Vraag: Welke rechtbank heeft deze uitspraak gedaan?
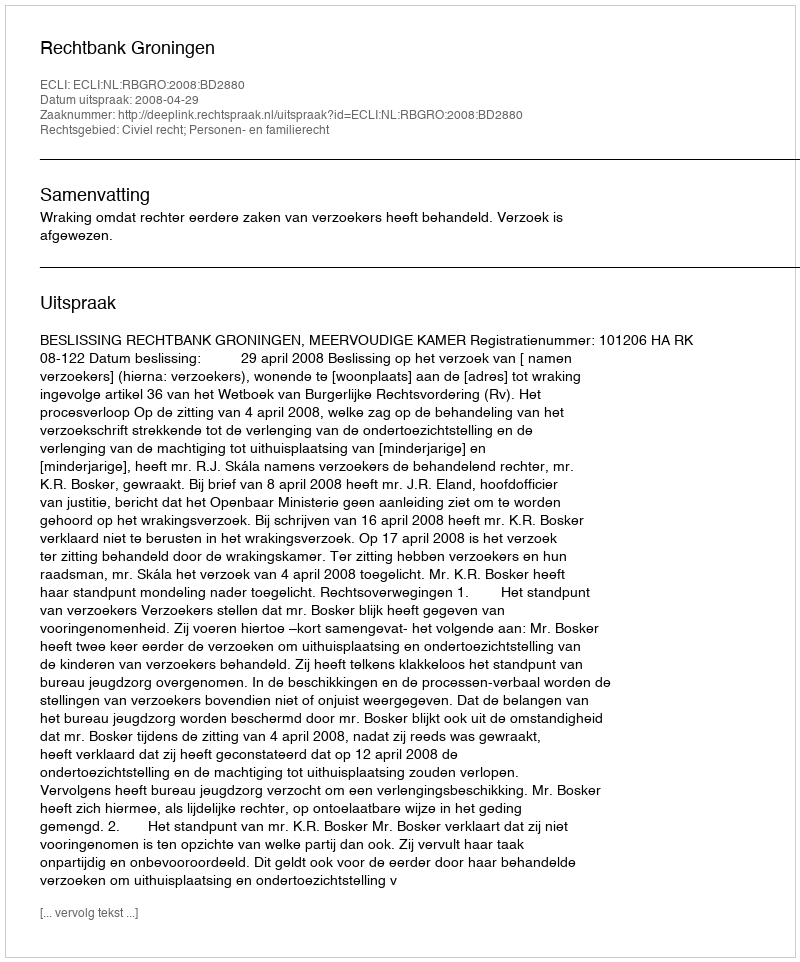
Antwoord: Rechtbank Groningen